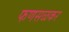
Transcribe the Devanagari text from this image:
फणसळकर